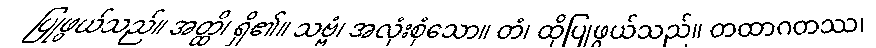
ပြုဖွယ်သည်။ အတ္ထိ၊ ရှိ၏။ သဗ္ဗံ၊ အလုံးစုံသော။ တံ၊ ထိုပြုဖွယ်သည်။ တထာဂတဿ၊